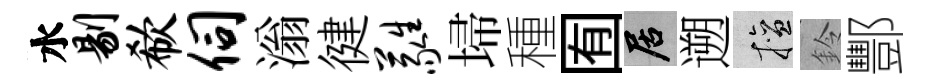
水剔欷伺滃徤蕤埽種囿居遡擅鈴酆